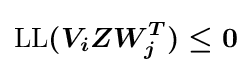
{\boldsymbol {{\text{LL}}(V_{i}ZW_{j}^{T})\leq 0}}